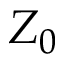
Z _ { 0 }